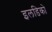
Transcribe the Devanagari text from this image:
इलडिको